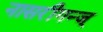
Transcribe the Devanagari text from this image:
नासरीगन्ज्